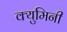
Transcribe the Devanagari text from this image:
क्युमिनी